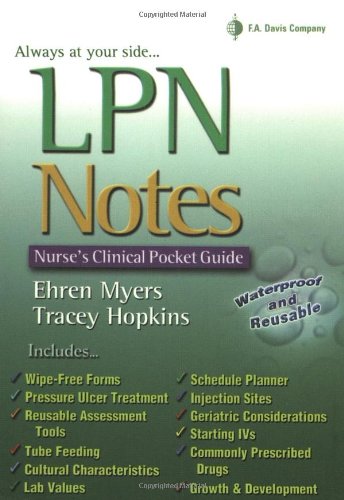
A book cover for LPN Notes; Ehren Myers; Medical Books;